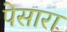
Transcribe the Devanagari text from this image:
पेसारा